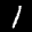
Label: 1